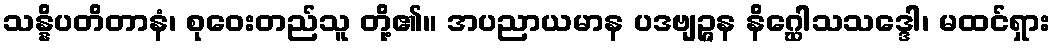
သန္နိပတိတာနံ၊ စုဝေးတည်သူ တို့၏။ အပညာယမာန ပဒဗျဉ္ဇန နိဂ္ဃေါသသဒ္ဒေါ၊ မထင်ရှား